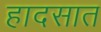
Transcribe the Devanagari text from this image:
हादसात